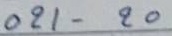
021 - 20